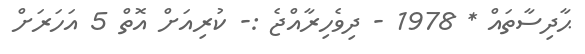
ޙާދިސާތައް * 1978 - ދިވެހިރާއްޖެ :- ކުރިއަށް އޮތް 5 އަހަރަށް